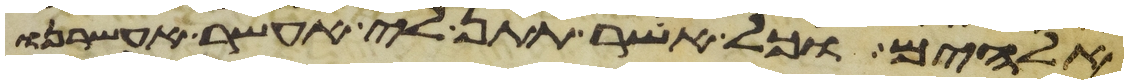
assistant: אלהים וכל אשר תתן לי אעשר אעשרנו